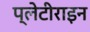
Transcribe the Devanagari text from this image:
प्लेटीराइन